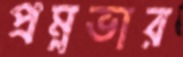
প্রম্নভার